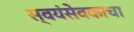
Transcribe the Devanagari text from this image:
स्वयंसेवकाचा